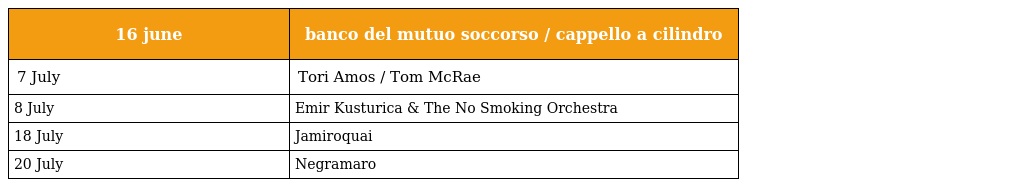
| 16 june | banco del mutuo soccorso / cappello a cilindro |
 | --- | --- |
 | 7 July | Tori Amos / Tom McRae |
 | 8 July | Emir Kusturica & The No Smoking Orchestra |
 | 18 July | Jamiroquai |
 | 20 July | Negramaro |